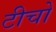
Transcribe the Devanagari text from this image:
टीचो